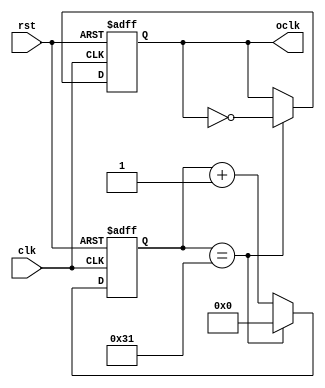
`timescale 1ns / 1ps
//////////////////////////////////////////////////////////////////////////////////
// Company: 
// Engineer: 
// 
// Design Name: 
// Module Name:    Divider_100 
// Project Name: 
// Target Devices: 
// Tool versions: 
// Description: 
//
// Dependencies: 
//
// Revision: 
// Revision 0.01 - File Created
// Additional Comments: 
//
//////////////////////////////////////////////////////////////////////////////////
module Divider_100(clk,rst,oclk);
	 input clk;
    input rst;
	 output reg oclk;
	 reg [8:0]Q;
	 parameter n=50;
	 //assign oclk=clk;
	 always @(posedge clk or negedge rst)begin
	 if(!rst) begin
			Q<=0;
			oclk<=0;
			end
	 else if(Q==n-1)begin
			Q<=0;
			oclk<=~oclk;
			end
	 else
			Q<=Q+9'b1;
	 end

endmodule